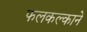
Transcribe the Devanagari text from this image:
फलकल्काने